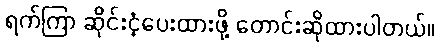
ရက်ကြာ ဆိုင်းငံ့ပေးထားဖို့ တောင်းဆိုထားပါတယ်။